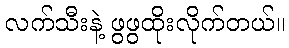
လက်သီးနဲ့ ဖွဖွထိုးလိုက်တယ်။